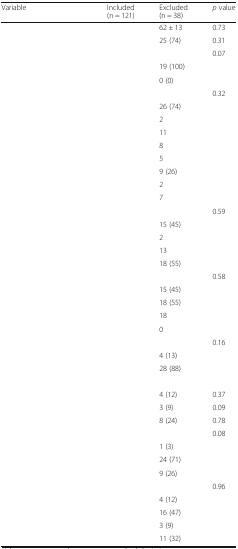
<table><thead><tr><td><b>Variable</b></td><td><b>Included (n = 121)</b></td><td><b>Excluded (n = 38)</b></td><td><b><i>p</i> value</b></td></tr></thead><tbody><tr><td>[EMPTY_CELL]</td><td>[EMPTY_CELL]</td><td>62 ± 13</td><td>0.73</td></tr><tr><td>[EMPTY_CELL]</td><td>[EMPTY_CELL]</td><td>25 (74)</td><td>0.31</td></tr><tr><td>[EMPTY_CELL]</td><td>[EMPTY_CELL]</td><td>[EMPTY_CELL]</td><td rowspan="3">0.07</td></tr><tr><td>[EMPTY_CELL]</td><td>[EMPTY_CELL]</td><td>19 (100)</td></tr><tr><td>[EMPTY_CELL]</td><td>[EMPTY_CELL]</td><td>0 (0)</td></tr><tr><td>[EMPTY_CELL]</td><td>[EMPTY_CELL]</td><td>[EMPTY_CELL]</td><td rowspan="9">0.32</td></tr><tr><td>[EMPTY_CELL]</td><td>[EMPTY_CELL]</td><td>26 (74)</td></tr><tr><td>[EMPTY_CELL]</td><td>[EMPTY_CELL]</td><td>2</td></tr><tr><td>[EMPTY_CELL]</td><td>[EMPTY_CELL]</td><td>11</td></tr><tr><td>[EMPTY_CELL]</td><td>[EMPTY_CELL]</td><td>8</td></tr><tr><td>[EMPTY_CELL]</td><td>[EMPTY_CELL]</td><td>5</td></tr><tr><td>[EMPTY_CELL]</td><td>[EMPTY_CELL]</td><td>9 (26)</td></tr><tr><td>[EMPTY_CELL]</td><td>[EMPTY_CELL]</td><td>2</td></tr><tr><td>[EMPTY_CELL]</td><td>[EMPTY_CELL]</td><td>7</td></tr><tr><td>[EMPTY_CELL]</td><td>[EMPTY_CELL]</td><td>[EMPTY_CELL]</td><td rowspan="5">0.59</td></tr><tr><td>[EMPTY_CELL]</td><td>[EMPTY_CELL]</td><td>15 (45)</td></tr><tr><td>[EMPTY_CELL]</td><td>[EMPTY_CELL]</td><td>2</td></tr><tr><td>[EMPTY_CELL]</td><td>[EMPTY_CELL]</td><td>13</td></tr><tr><td>[EMPTY_CELL]</td><td>[EMPTY_CELL]</td><td>18 (55)</td></tr><tr><td>[EMPTY_CELL]</td><td>[EMPTY_CELL]</td><td>[EMPTY_CELL]</td><td rowspan="5">0.58</td></tr><tr><td>[EMPTY_CELL]</td><td>[EMPTY_CELL]</td><td>15 (45)</td></tr><tr><td>[EMPTY_CELL]</td><td>[EMPTY_CELL]</td><td>18 (55)</td></tr><tr><td>[EMPTY_CELL]</td><td>[EMPTY_CELL]</td><td>18</td></tr><tr><td>[EMPTY_CELL]</td><td>[EMPTY_CELL]</td><td>0</td></tr><tr><td>[EMPTY_CELL]</td><td>[EMPTY_CELL]</td><td>[EMPTY_CELL]</td><td rowspan="3">0.16</td></tr><tr><td>[EMPTY_CELL]</td><td>[EMPTY_CELL]</td><td>4 (13)</td></tr><tr><td>[EMPTY_CELL]</td><td>[EMPTY_CELL]</td><td>28 (88)</td></tr><tr><td>[EMPTY_CELL]</td><td>[EMPTY_CELL]</td><td>[EMPTY_CELL]</td><td>[EMPTY_CELL]</td></tr><tr><td>[EMPTY_CELL]</td><td>[EMPTY_CELL]</td><td>4 (12)</td><td>0.37</td></tr><tr><td>[EMPTY_CELL]</td><td>[EMPTY_CELL]</td><td>3 (9)</td><td>0.09</td></tr><tr><td>[EMPTY_CELL]</td><td>[EMPTY_CELL]</td><td>8 (24)</td><td>0.78</td></tr><tr><td>[EMPTY_CELL]</td><td>[EMPTY_CELL]</td><td>[EMPTY_CELL]</td><td rowspan="4">0.08</td></tr><tr><td>[EMPTY_CELL]</td><td>[EMPTY_CELL]</td><td>1 (3)</td></tr><tr><td>[EMPTY_CELL]</td><td>[EMPTY_CELL]</td><td>24 (71)</td></tr><tr><td>[EMPTY_CELL]</td><td>[EMPTY_CELL]</td><td>9 (26)</td></tr><tr><td>[EMPTY_CELL]</td><td>[EMPTY_CELL]</td><td>[EMPTY_CELL]</td><td rowspan="5">0.96</td></tr><tr><td>[EMPTY_CELL]</td><td>[EMPTY_CELL]</td><td>4 (12)</td></tr><tr><td>[EMPTY_CELL]</td><td>[EMPTY_CELL]</td><td>16 (47)</td></tr><tr><td>[EMPTY_CELL]</td><td>[EMPTY_CELL]</td><td>3 (9)</td></tr><tr><td>[EMPTY_CELL]</td><td>[EMPTY_CELL]</td><td>11 (32)</td></tr></tbody></table>